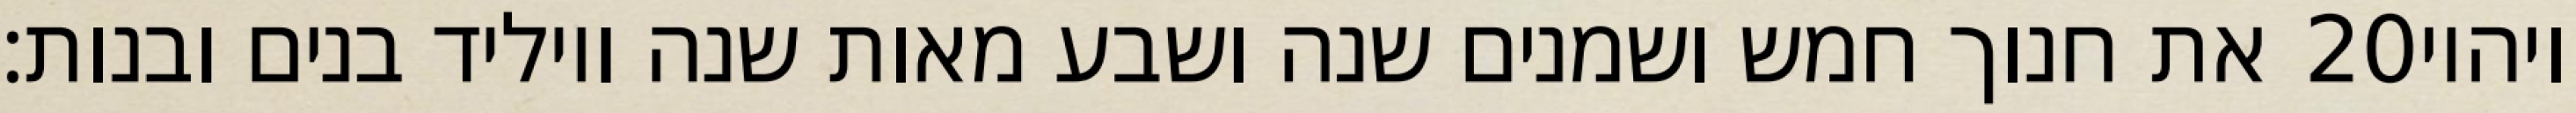
את חנוך חמש ושמנים שנה ושבע מאות שנה ויוליד בנים ובנות׃ ‎20‏ ויהיו